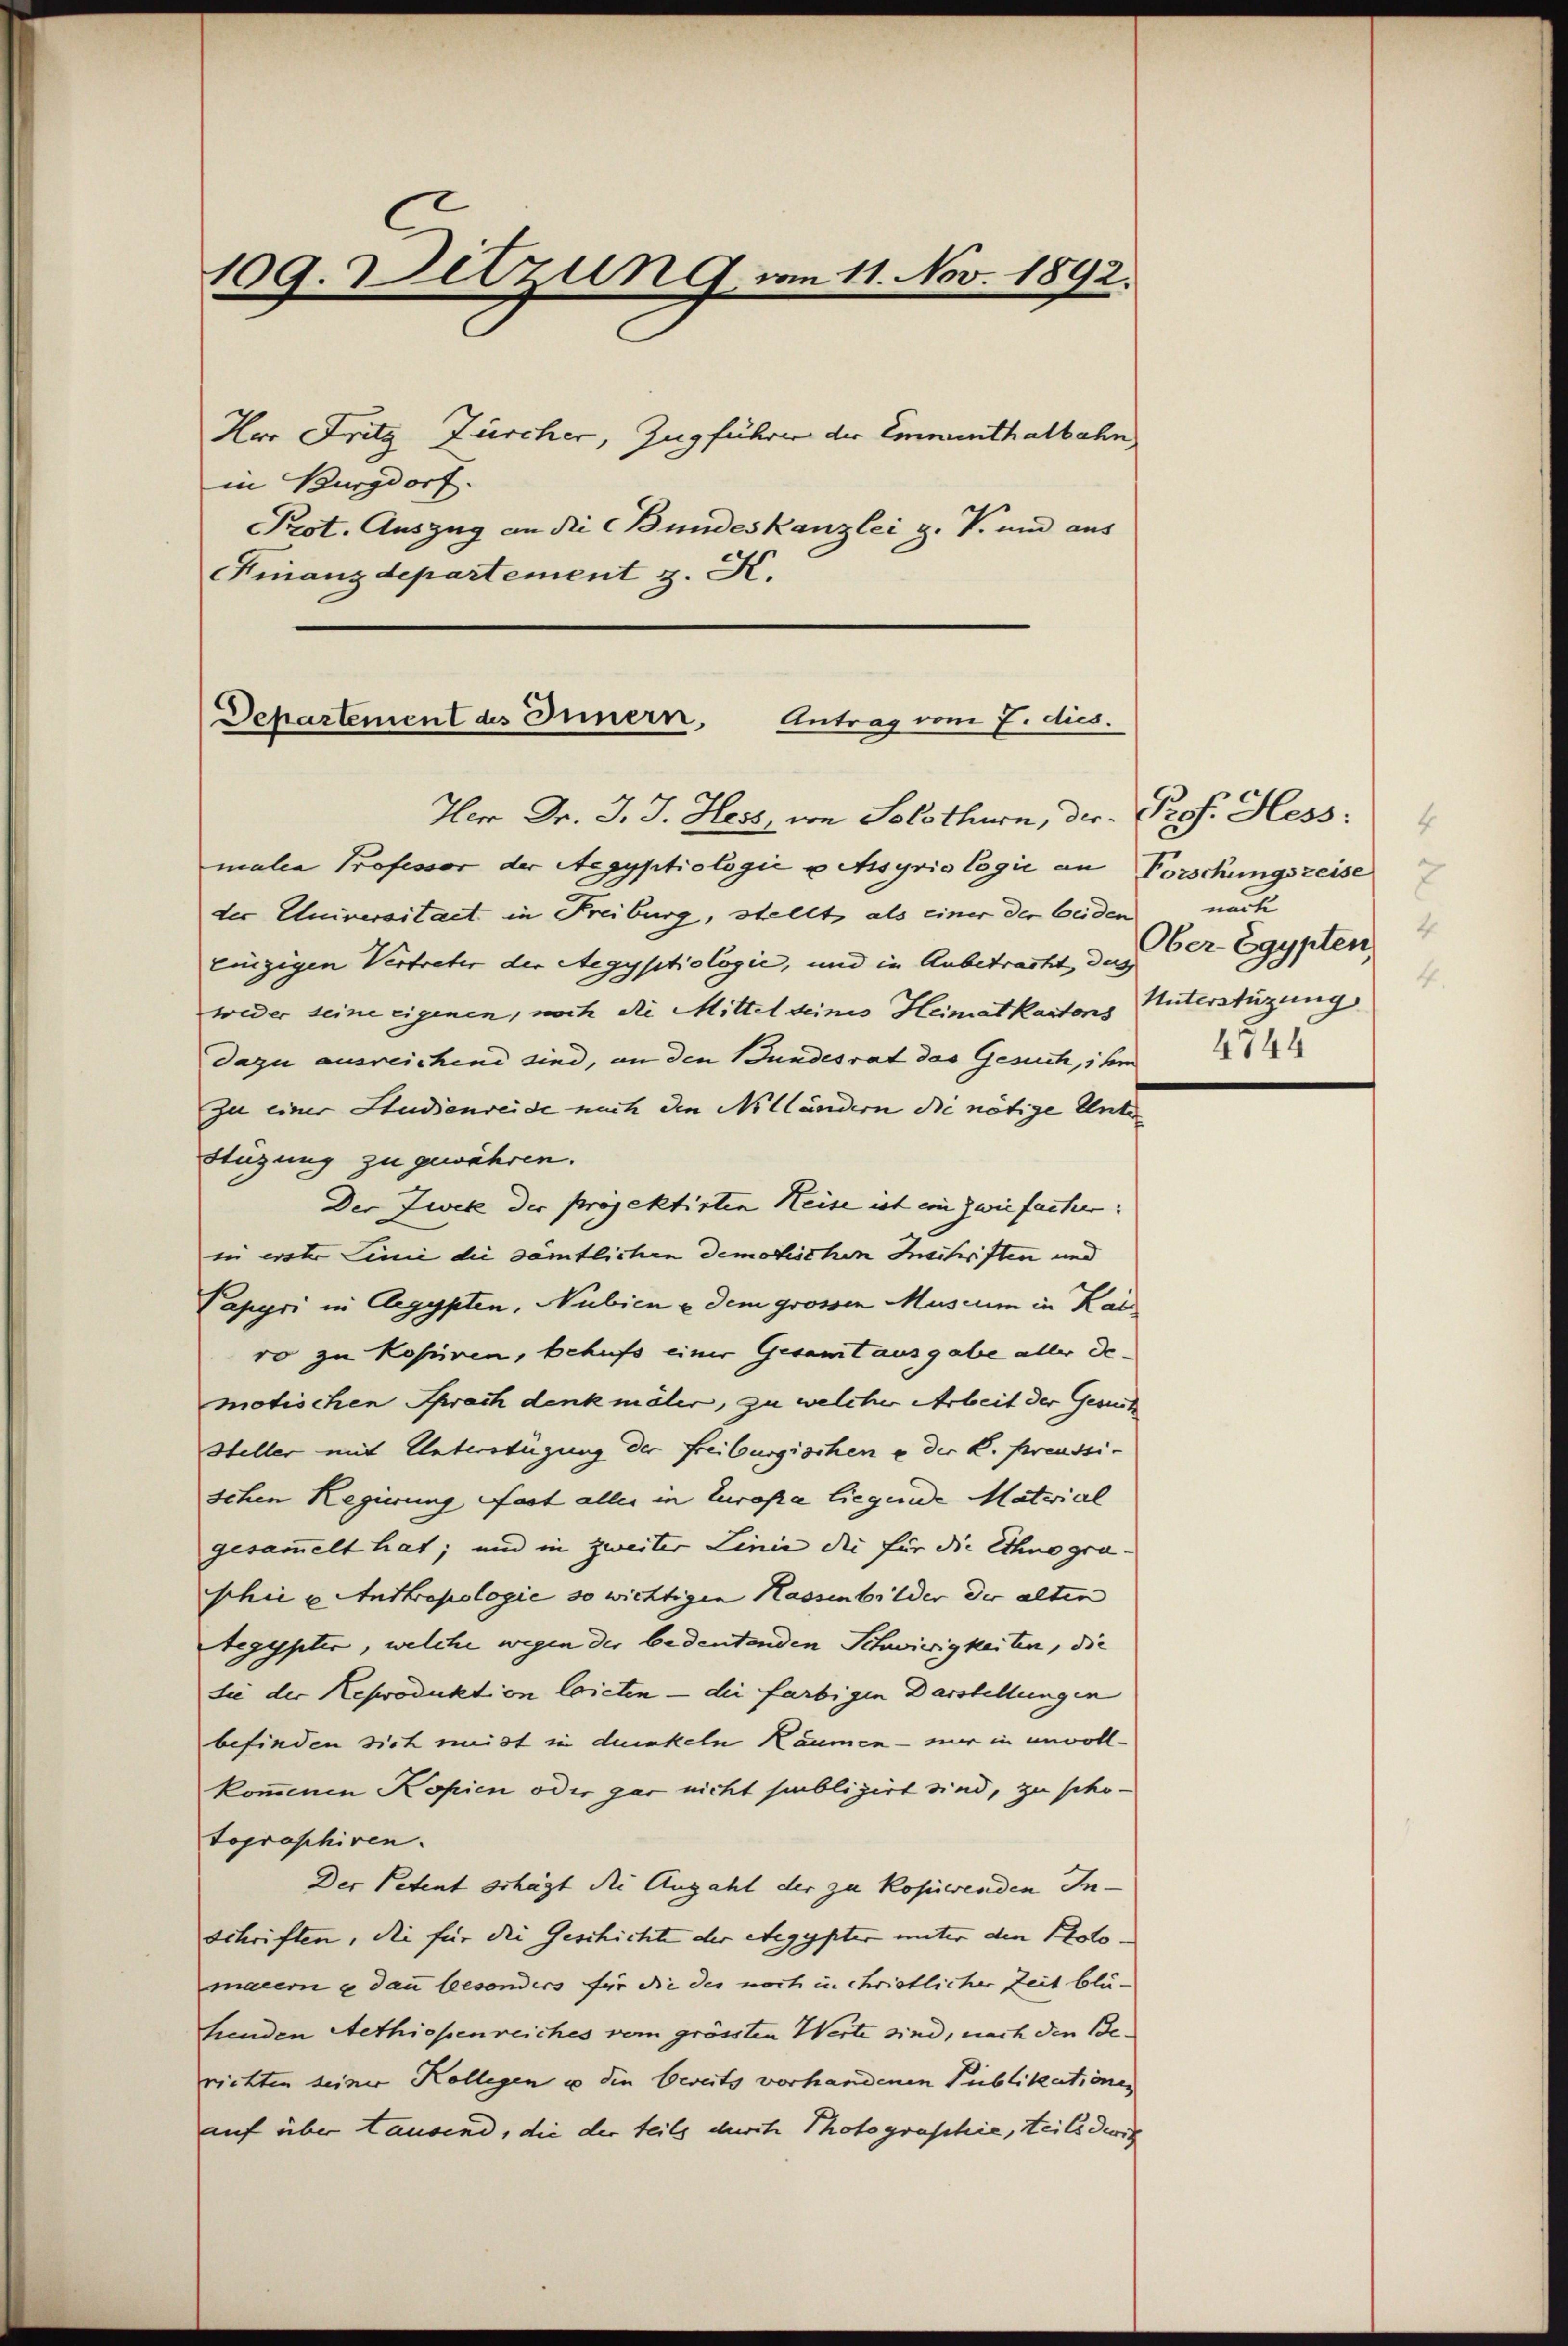
109. Detzung vom 11. Nov. 1892.
Hor Fritz Zürcher, Zug führer der Emmenthalbahn
in Burgdorf.
Prot. Auszug an die Bundeskanzlei z. V. und aus
Finanzdepartement z. K.

Departement des Innern, Antrag vom 7. dies.
Ver Dr. J. J. Hess von Solothurn, der Prof. Hess:

male Professor der Aegyptiologić u Assyris Cogić an Forschungszeise
der Universitaet in Freiburg, stellt, als einer der beiden nach
einzigen Vertreter der Aegyptiologie, und in Anbetracht, das
weder seine eigenen, noch die Mittel deines Heimatkantons Unterstüzung
dazu ausreichend sind, an den Bundesrat das Gesuch, ihm
zu einer Studienreide nach den Nilländern die nötige Unter
stüzung zu gewähren.
Der Zwek der projektirten Heise ist ein zwiefacher:
in erster Linie die sämtlichen demotischen Inschriften und
Papyri in Aegypten, Nubien u dem grossen Muscum in Kal
ro zu Kopiren, behufs einer Gesamt ausgabe aller demotischen Sprach denkmäler, zu welcher Arbeit der Gesuch
Heller mit Untersfügung der Freiburgischen u der K. Preussi-
schen Regierung Fast aller in Europa liegende Material
gesammelt hat; und in zweiter Linie die für die Ethnogra-
shie u. Anthropologie so wichtigen Kassenbilder der alten
Aegypter, welche wegen der bedeutenden Schwierigkeiten, die
die der Reproduktion laicten — die farbigen Darstellungen
befinden sich meist in dunkeln Räumen – mir in unvoll-
kommenen Kopien oder gar nicht publizirt sind, zu schotographiren.
Der Petent schägt die Anzahl der zu kopierenden Inschriften, die für die Geschichte der Aegypter unter den Protomarern es dann besonders für die des noch in christlicher Zeit blühenden Aethiopenreiches vom grössten Werte sind, nach den Berichten seiner Kollegen u den bereits vorhandenen Publikationen
auf über tausend, die der teils durch Photographie, teils dirit

4
4
Ober- Egypten,
4
4544